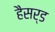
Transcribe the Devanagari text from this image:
हैसर्ड